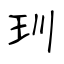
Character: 玔